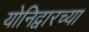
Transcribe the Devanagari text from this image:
योनिद्वारच्या